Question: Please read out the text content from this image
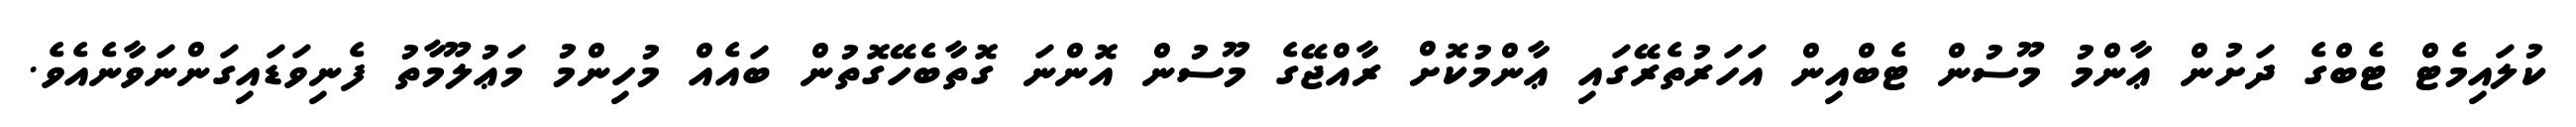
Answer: ކުލައިމެޓް ޓެބްގެ ދަށުން ޢާންމު މޫސުން ޓެބްއިން އަހަރުތެރޭގައި ޢާންމުކޮށް ރާއްޖޭގެ މޫސުން އޮންނަ ގޮތާބެހޭގޮތުން ބައެއް މުހިންމު މަޢުލޫމާތު ފެނިވަޑައިގަންނަވާނެއެވެ.